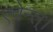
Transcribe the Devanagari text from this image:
एवेन्त्।